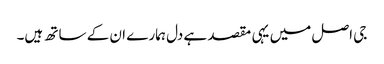
جی اصل میں یہی مقصد ہے دل ہمارے ان کے ساتھ ہیں۔